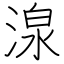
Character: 湶